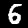
Digit: 6